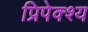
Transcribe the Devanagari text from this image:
प्रिपेक्श्य